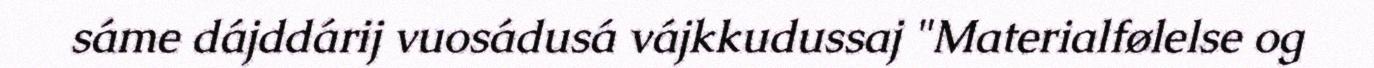
sáme dájddárij vuosádusá vájkkudussaj "Materialfølelse og